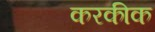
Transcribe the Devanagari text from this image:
करकीक